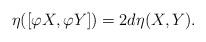
LaTeX: \begin{align*}\eta([\varphi X, \varphi Y])=2d\eta(X,Y). \end{align*}